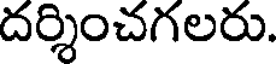
దర్శించగలరు.